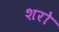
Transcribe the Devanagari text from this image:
शरो